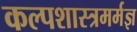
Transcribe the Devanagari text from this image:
कल्पशास्त्रमर्मज्ञ